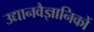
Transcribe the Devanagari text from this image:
उद्यानवैज्ञानिकों